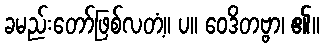
ခမည်းတော်ဖြစ်လတံ့။ ပ။ ဝေဒိတဗ္ဗာ၊ ၏။